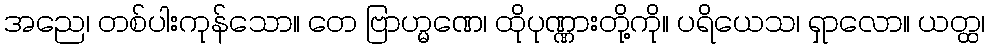
အညေ၊ တစ်ပါးကုန်သော။ တေ ဗြာဟ္မဏေ၊ ထိုပုဏ္ဏားတို့ကို။ ပရိယေသ၊ ရှာလော။ ယတ္ထ၊